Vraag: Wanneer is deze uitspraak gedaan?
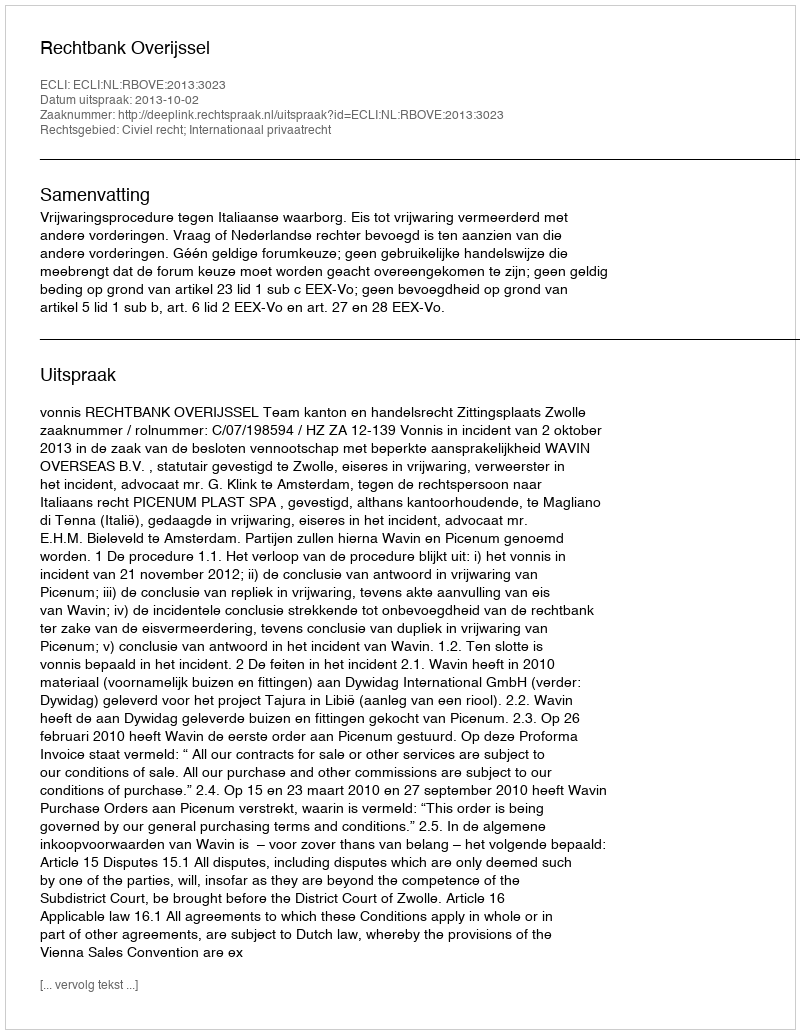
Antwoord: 2013-10-02